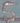
Text: 5